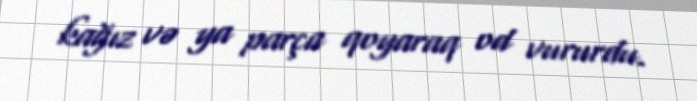
kağız və ya parça qoyaraq od vururdu.